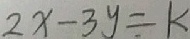
2 x - 3 y = k